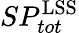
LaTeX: SP_{tot}^{\mathrm{LSS}}